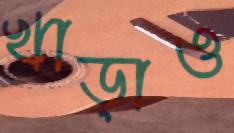
খাড়াও